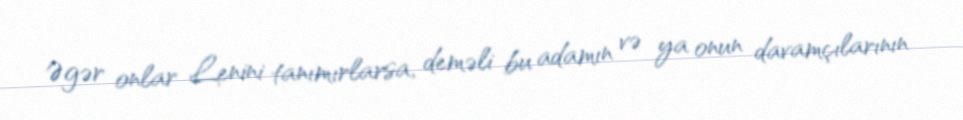
Əgər onlar Lenini tanımırlarsa, deməli bu adamın və ya onun davamçılarının